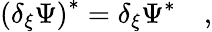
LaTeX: \left(\delta_{\xi}\Psi\right)^{*}=\delta_{\xi}\Psi^{*}\quad,